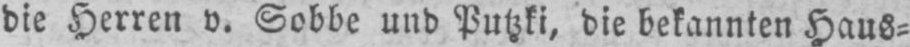
die Herren v. Sobbe und Putzki, die bekannten Haus⸗